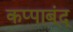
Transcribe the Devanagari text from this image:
कप्पाब्ंद्